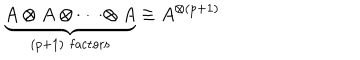
\underbrace { A \otimes A \otimes \cdots \otimes A } _ { ( p + 1 ) \, \, \mathrm { f a c t o r s } } \equiv A ^ { \otimes ( p + 1 ) }